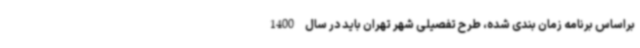
براساس برنامه زمان بندی شده، طرح تفصیلی شهر تهران باید در سال 1400